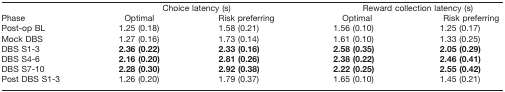
<table><thead><tr><td></td><td colspan="2"><b>Choice latency (s)</b></td><td colspan="2"><b>Reward collection latency (s)</b></td></tr><tr><td><b>Phase</b></td><td><b>Optimal</b></td><td><b>Risk preferring</b></td><td><b>Optimal</b></td><td><b>Risk preferring</b></td></tr></thead><tbody><tr><td>Post-op BL</td><td>1.25 (0.18)</td><td>1.58 (0.21)</td><td>1.56 (0.10)</td><td>1.25 (0.17)</td></tr><tr><td>Mock DBS</td><td>1.27 (0.16)</td><td>1.73 (0.14)</td><td>1.61 (0.10)</td><td>1.33 (0.25)</td></tr><tr><td>DBS S1-3</td><td><b>2.36 (0.22)</b></td><td><b>2.33 (0.16)</b></td><td><b>2.58 (0.35)</b></td><td><b>2.05 (0.29)</b></td></tr><tr><td>DBS S4-6</td><td><b>2.16 (0.20)</b></td><td><b>2.81 (0.26)</b></td><td><b>2.38 (0.22)</b></td><td><b>2.46 (0.41)</b></td></tr><tr><td>DBS S7-10</td><td><b>2.28 (0.30)</b></td><td><b>2.92 (0.38)</b></td><td><b>2.22 (0.25)</b></td><td><b>2.55 (0.42)</b></td></tr><tr><td>Post DBS S1-3</td><td>1.26 (0.20)</td><td>1.79 (0.37)</td><td>1.65 (0.10)</td><td>1.45 (0.21)</td></tr></tbody></table>